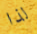
لذا